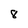
Character: 8